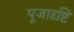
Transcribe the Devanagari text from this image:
पूजादृष्टि